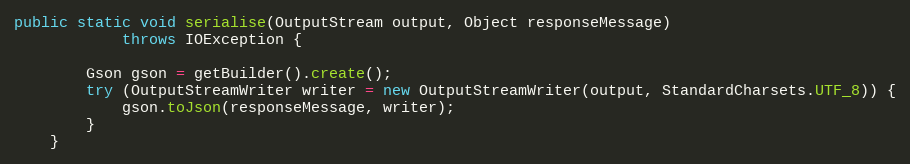
Language: Java
public static void serialise(OutputStream output, Object responseMessage)
            throws IOException {

        Gson gson = getBuilder().create();
        try (OutputStreamWriter writer = new OutputStreamWriter(output, StandardCharsets.UTF_8)) {
            gson.toJson(responseMessage, writer);
        }
    }